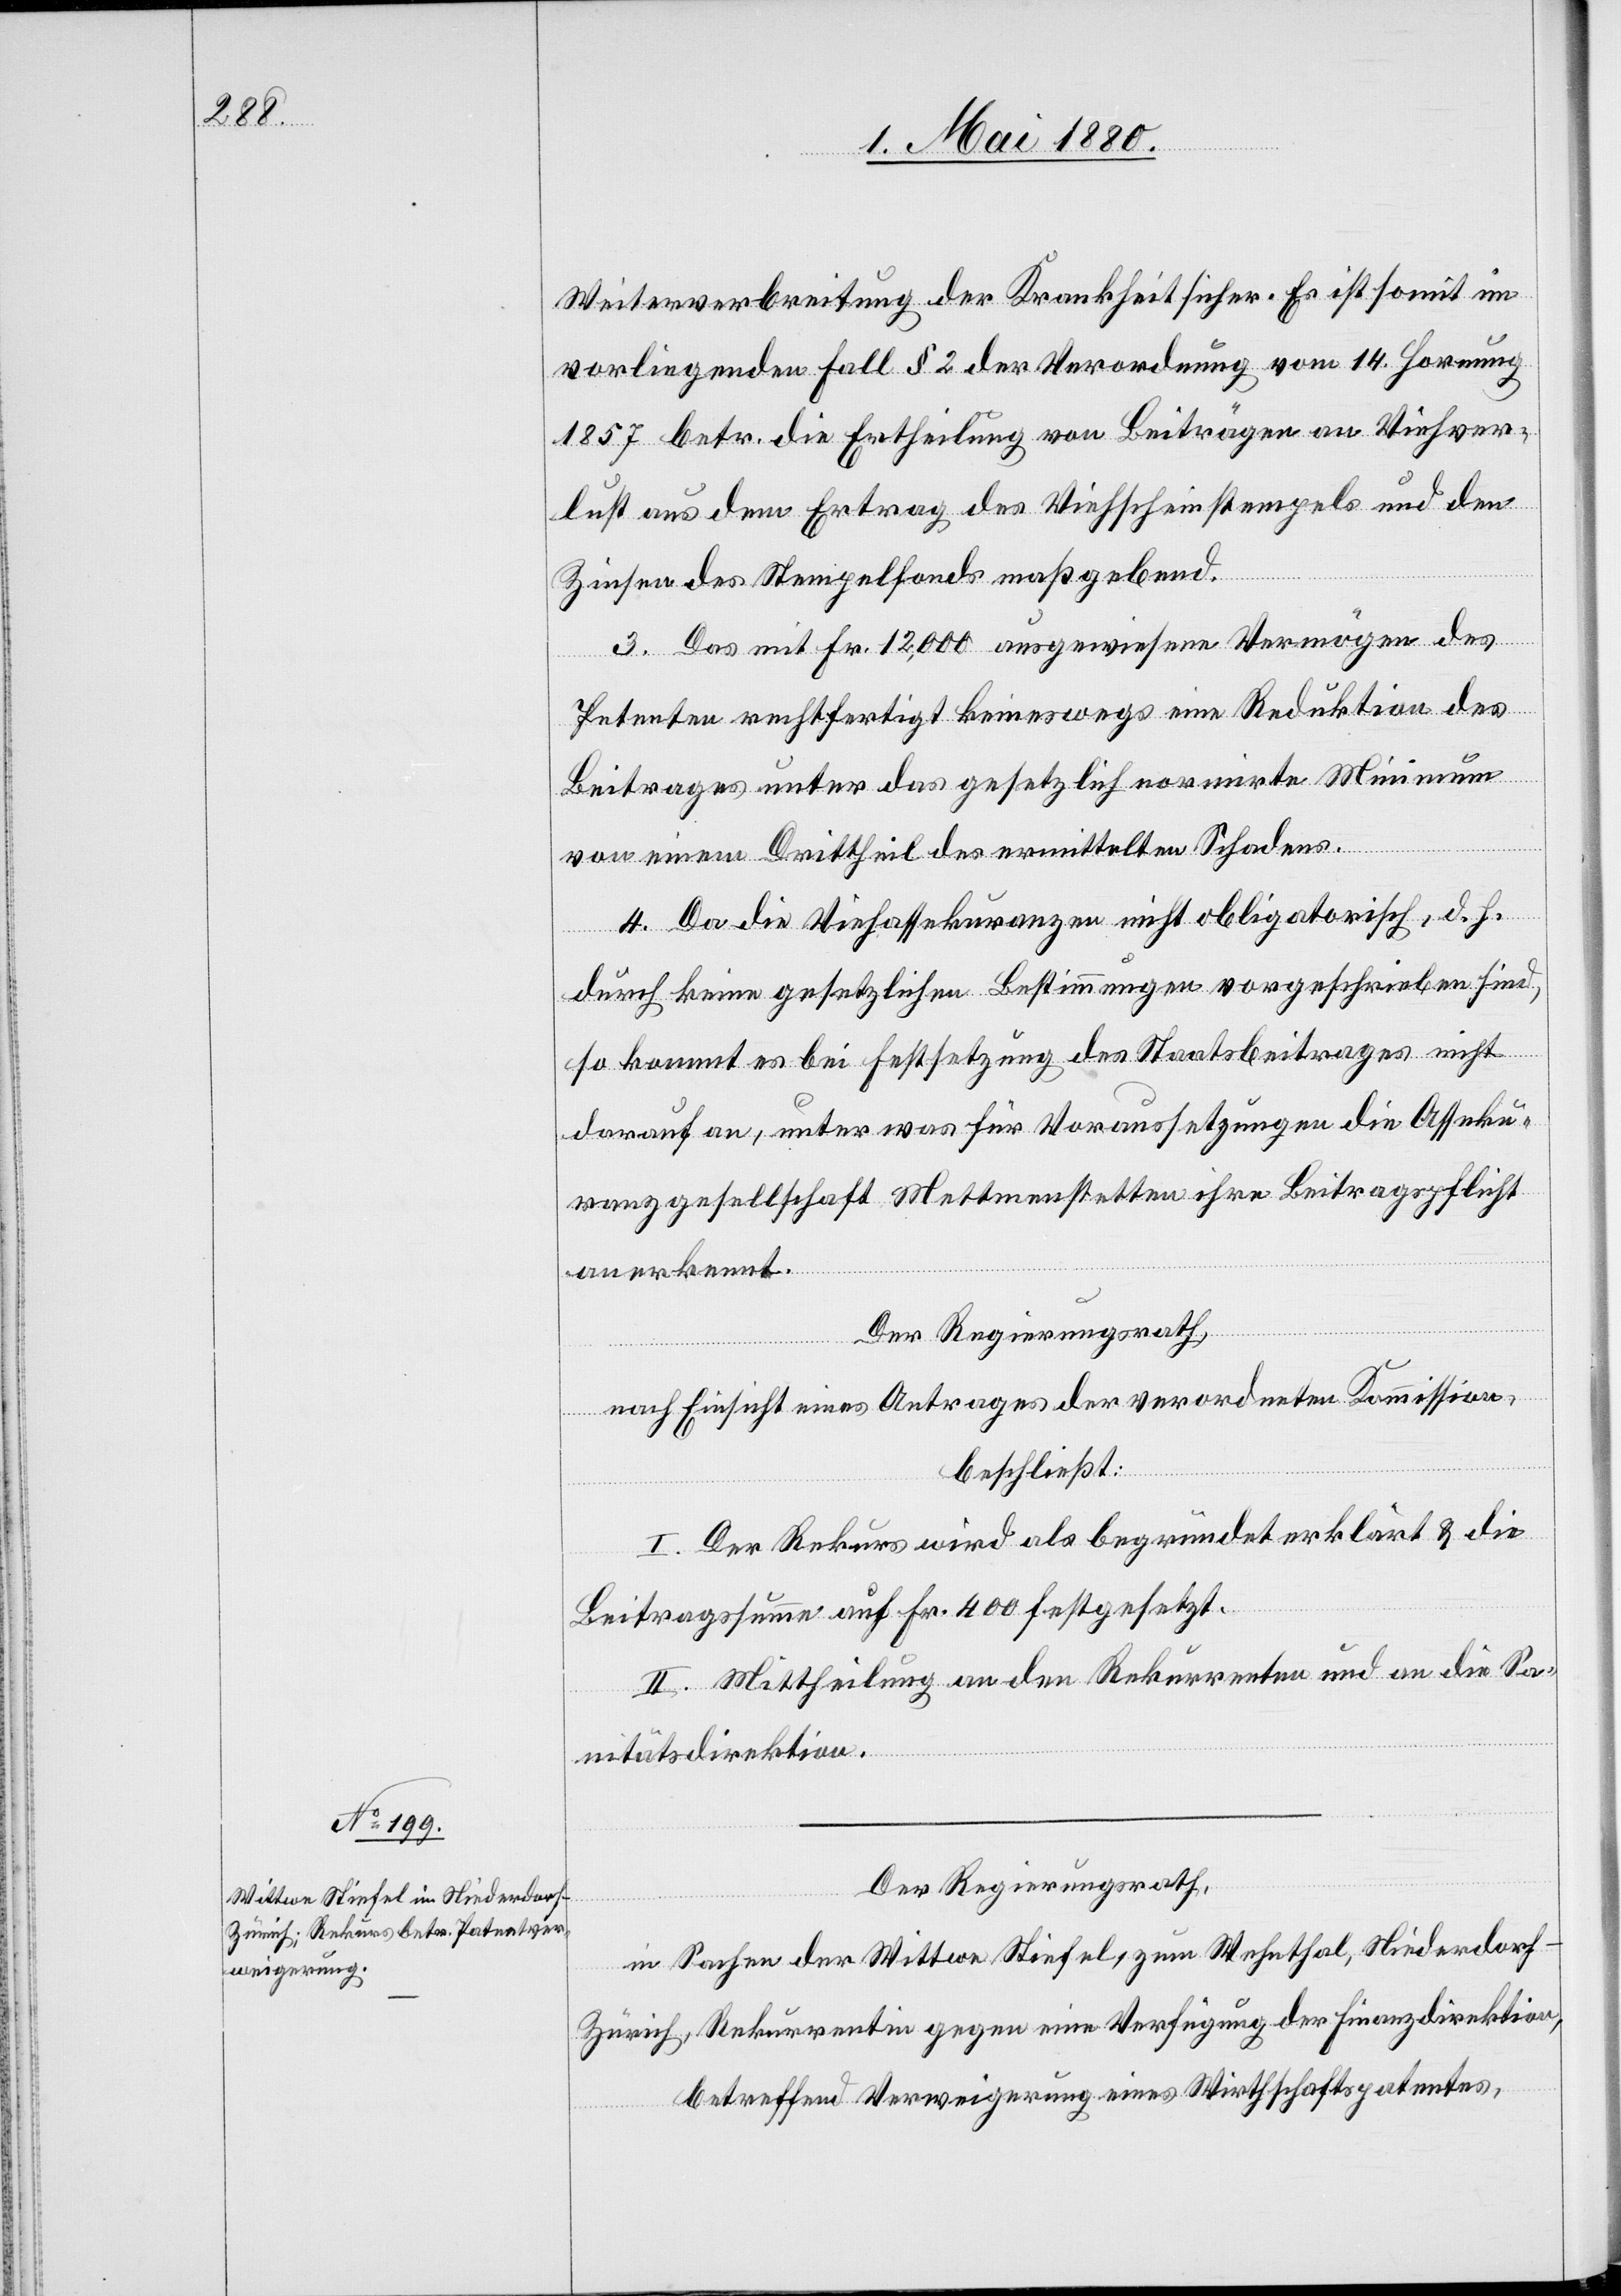
Weiterverbreitung der Krankheit sicher. Es ist somit im
vorliegenden Fall § 2 der Verordnung vom 14. Hornung
1857 betr. die Ertheilung von Beiträgen an Viehver¬
lust aus dem Ertrag des Viehscheinstempels und den
Zinsen des Stempelfonds maßgebend.
3. Das mit Fr. 12,000 ausgewiesene Vermögen des
Petenten rechtfertigt keineswegs eine Reduktion des
Beitrages unter das gesetzlich normirte Minimum
von einem Drittheil des ermittelten Schadens.
4. Da die Viehassekuranzen nicht obligatorisch, d. h.
durch keine gesetzlichen Bestimmungen vorgeschrieben sind,
so kommt es bei Festsetzung des Staatsbeitrages nicht
darauf an, unter was für Voraussetzungen die Asseku¬
ranzgesellschaft Mettmenstetten ihre Beitragspflicht
anerkennt.
Der Regierungsrath,
nach Einsicht eines Antrages der verordneten Kommission,
beschließt:
I. Der Rekurs wird als begründet erklärt & die
Beitragssumme auf Fr. 400 festgesetzt.
II. Mittheilung an den Rekurrenten und an die Sa¬
nitätsdirektion.
Der Regierungsrath,
in Sachen der Wittwe Stiefel, zum Wehnthal, Niederdorf
Zürich, Rekurrentin gegen eine Verfügung der Finanzdirektion,
betreffend Verweigerung eines Wirthschaftspatentes,